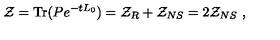
{ \cal Z } = \mathrm { T r } ( P e ^ { - t L _ { 0 } } ) = { \cal Z } _ { R } + { \cal Z } _ { N S } = 2 { \cal Z } _ { N S } \ ,